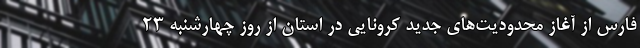
فارس از آغاز محدودیت‌های جدید کرونایی در استان از روز چهارشنبه ۲۳